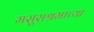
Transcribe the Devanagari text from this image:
मसुराश्रमाच्या